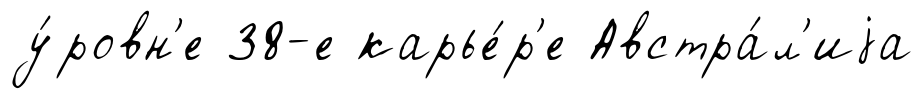
у́ровн'е 38-е карье́р'е Австра́л'иjа